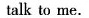
talk to me.